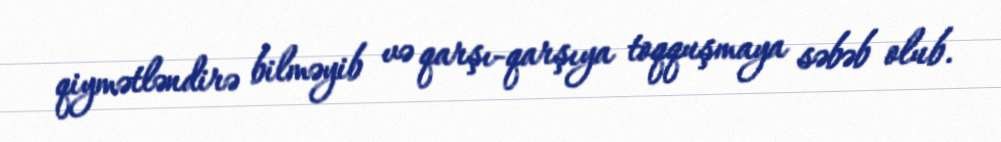
qiymətləndirə bilməyib və qarşı-qarşıya toqquşmaya səbəb olub.